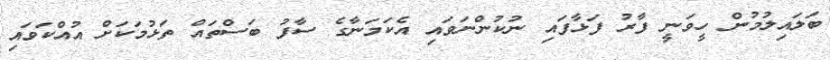
ބަލައިލުމުން ހީވަނީ ފާރު ފަޅާފައި ނުކުންނަވައި އެކަމަނާގެ ސާފު ބަސްތައް ތަޅުމަކަށް އުއްކަވައި